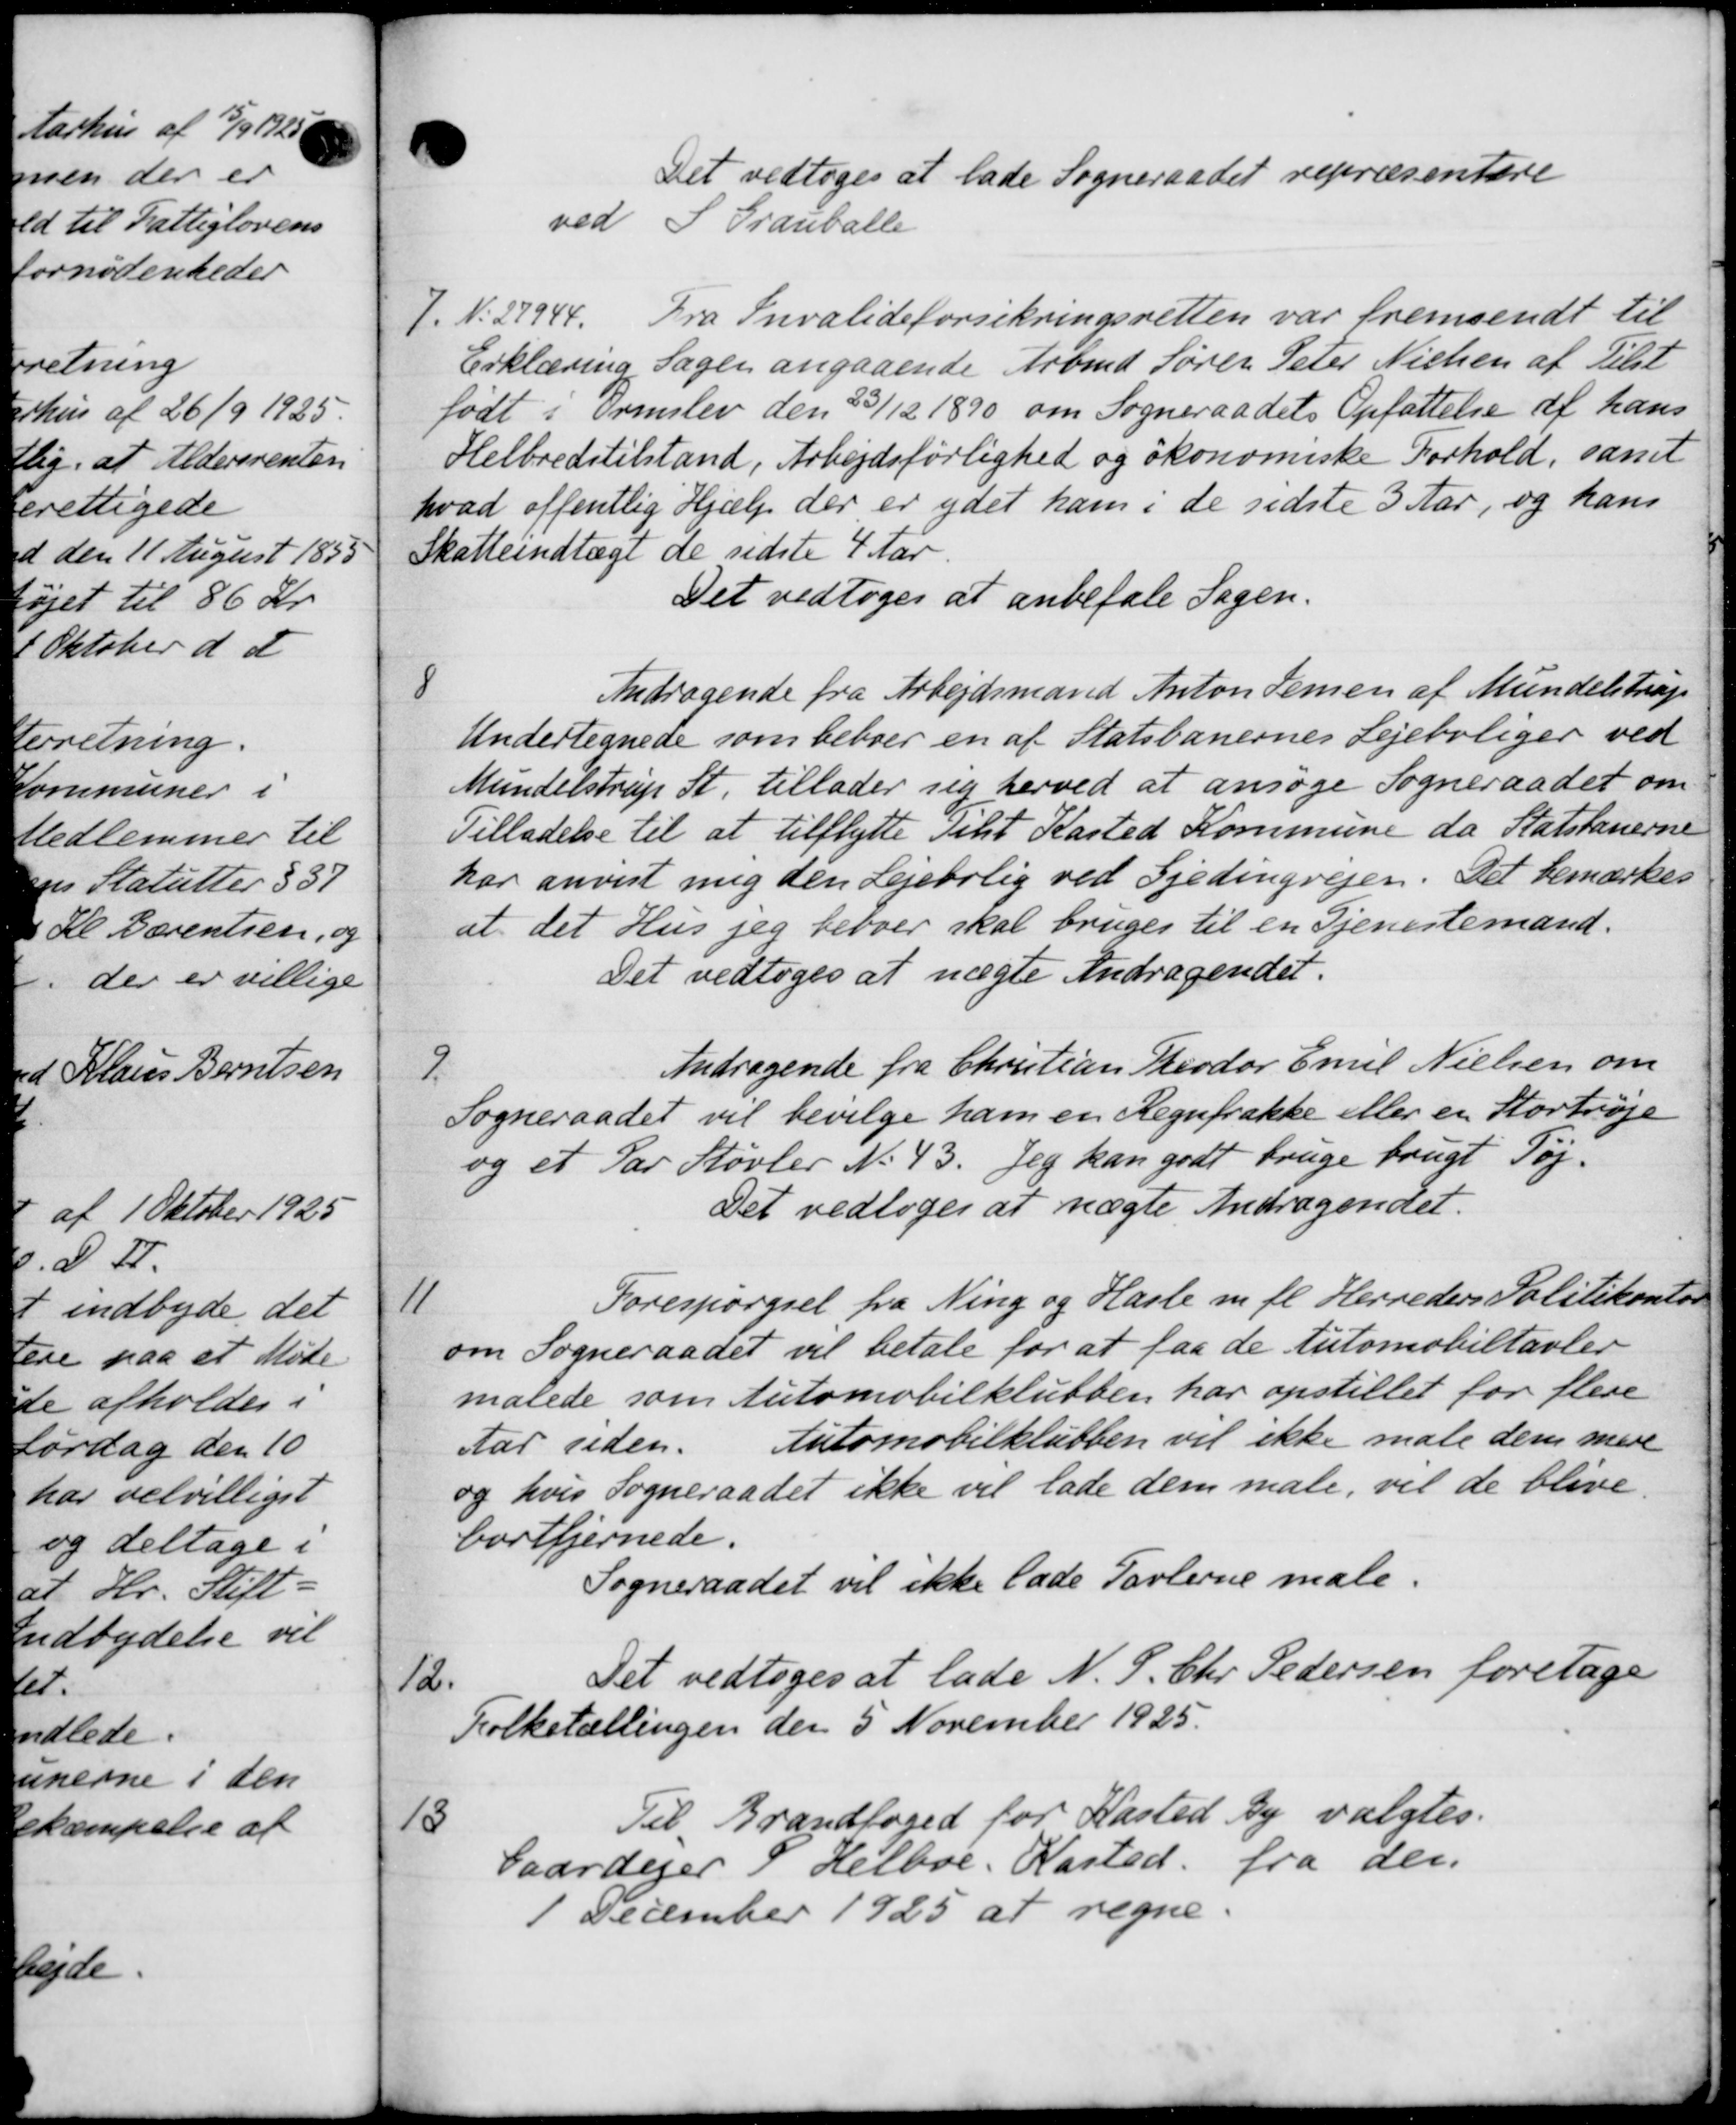
Transskription:
Det vedtoges at lade Sogneraadet repræsentere
ved S Grauballe
7.
N. 27944. Fra Invalideforsikringsretten var fremsendt til
Erklæring Sager angaaende Arbmd Søren Peter Nielsen af Tilst
født i Ormslev den 25/12 1890 om Sogneraadets Opfattelse af hans
Helbredstilstand, Arbejdsførlighed og økonomiske Forhold, samt
hvad offentlig Hjælp der er ydet ham i de sidste 3 Aar, og hans
Skatteindtægt de sidste 4 Aar.
Det vedtoges at anbefale Sagen.
8
Andragende fra Arbejdsmand Anton Jensen af Mundelstrup
Undertegnede som beboer en af Statsbanernes Lejeboliger ved
Mundelstrup St. tillader sig herved at ansøge Sogneraadet om
Tilladelse til at tilflytte Tilst Kasted Kommune da Statsbanerne
har anvist mig den Lejebolig ved Gjedingvejen. Det bemærkes
at det Hus jeg beboer skal bruges til en Tjenestemand.
Det vedtoges at nægte Andragendet.
9.
Andragende fra Christian Theodor Emil Nielsen om
Sogneraadet vil bevilge ham en Regnfrakke eller en Hortrøje
og et Par Støvler No 43. Jeg kan godt bruge brugt Tøj.
Det vedtoges at nægte Andragendet.
11
Forespørgsel fra Ning og Hasle m. fl. Herreders Politikontor
om Sogneraadet vil betale for at faa de Automobiltavler
målede som Automobilklubben har opstillet for flere
Automobilklubben vil ikke male dem mere
Aar siden.
og hvis Sogneraadet ikke vil lade dem male, vil de blive.
bortfjernede.
Sogneraadet vil ikke lade Tavlerne male.
12.
Det vedtoges at lade N. S. Chr. Pedersen foretage
Folketællingen den 5 November 1925.

Til Brandfoged for Kasted by valgtes.
Gaardejer i Helboe. Kasted. fra der.
December 1925 at regne.